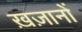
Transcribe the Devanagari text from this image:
ख़ज़ानों